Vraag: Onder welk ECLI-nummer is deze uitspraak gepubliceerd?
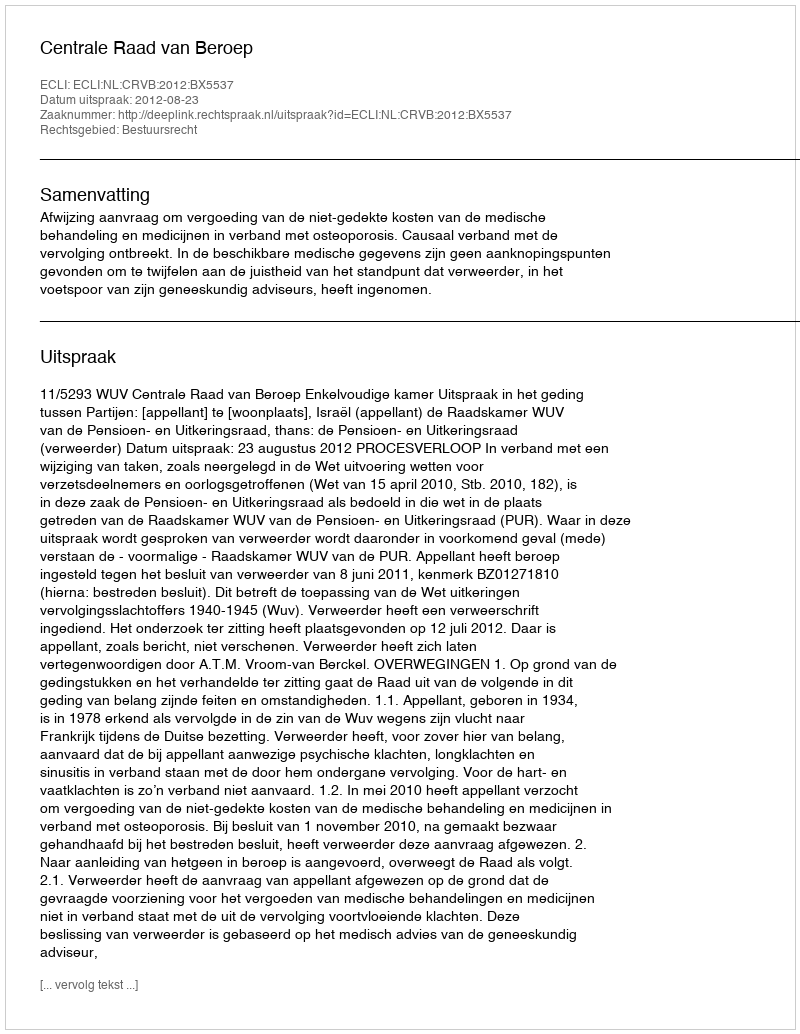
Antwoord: ECLI:NL:CRVB:2012:BX5537